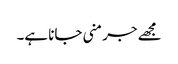
مجھے جرمنی جانا ہے۔